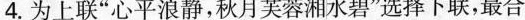
4.为上联”心平浪静，秋月芙蓉湘水碧”选择下联，最合